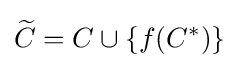
{\widetilde {C}}=C\cup \{f(C^{*})\}